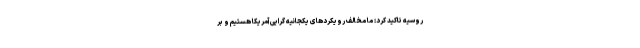
روسیه تاکید کرد: ما مخالف رویکردهای یکجانیه گرایی آمریکا هستیم و بر